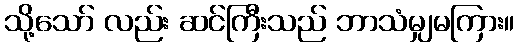
သို့သော် လည်း ဆင်ကြီးသည် ဘာသံမျှမကြား။